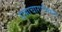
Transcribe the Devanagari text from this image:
समाचारपत्रिकाएं